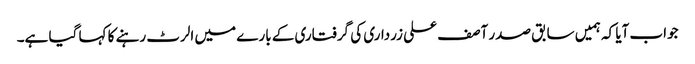
جواب آیا کہ ہمیں سابق صدر آصف علی زرداری کی گرفتاری کے بارے میں الرٹ رہنے کا کہا گیا ہے۔